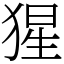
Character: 猩